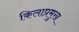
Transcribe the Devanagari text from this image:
किलाप्रमुख